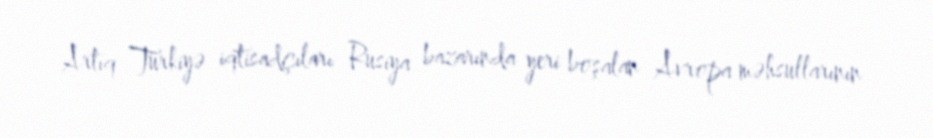
Artıq Türkiyə iqtisadçıları Rusiya bazarında yeri boşalan Avropa məhsullarının